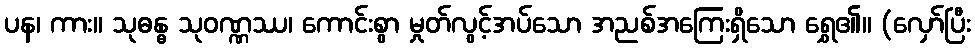
ပန၊ ကား။ သုဓန္ဓ သုဝဏ္ဏဿ၊ ကောင်းစွာ မှုတ်လွင့်အပ်သော အညစ်အကြေးရှိသော ရွှေ၏။ (လှော်ပြီး